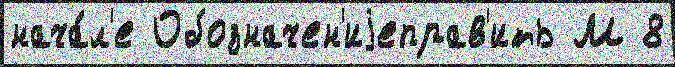
нача́л'е Обозначен'иjеправ'ить М 8